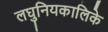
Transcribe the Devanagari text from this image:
लघुनियकालिके